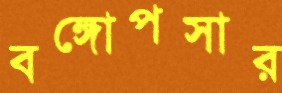
বঙ্গোপসার